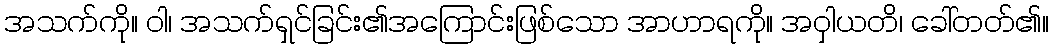
အသက်ကို။ ဝါ၊ အသက်ရှင်ခြင်း၏အကြောင်းဖြစ်သော အာဟာရကို။ အဝှါယတိ၊ ခေါ်တတ်၏။